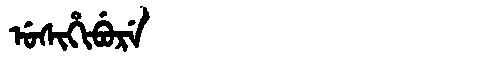
Manchu: ᡠᠰᡳᡥᡳᠪᡠᡵᡝ
Romanization: USIHIBURE